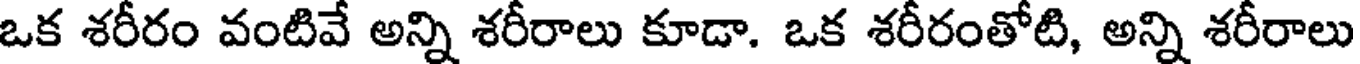
ఒక శరీరం వంటివే అన్ని శరీరాలు కూడా. ఒక శరీరంతోటి, అన్ని శరీరాలు